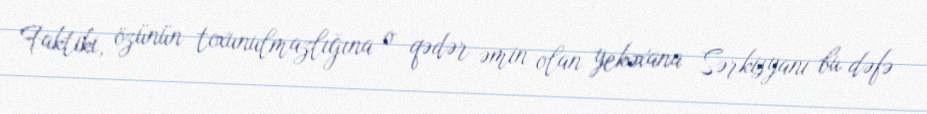
Faktiki, özünün toxunulmazlığına o qədər əmin olan yekəxana Sərkisyanı bu dəfə